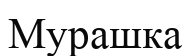
Мурашка